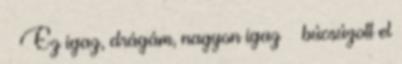
– Ez igaz, drágám, nagyon igaz – búcsúzott el